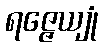
ရဇ္ဇေယျုံ